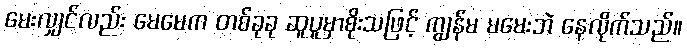
မေးလျှင်လည်း မေမေက တစ်ခုခု ဆူပူမှာစိုးသဖြင့် ကျွန်မ မမေးဘဲ နေလိုက်သည်။